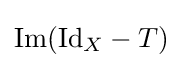
\operatorname {Im} ({\operatorname {Id} _{X}}-T)